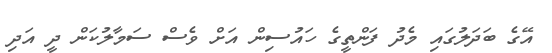
އޭގެ ބަދަލުގައި މެދު ފަންތީގެ ހައުސިން އަށް ވެސް ސަމާލުކަން ދީ އަދި